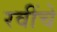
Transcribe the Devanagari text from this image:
रवींचे